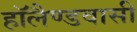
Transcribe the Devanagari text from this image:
हॉलैण्डवासी